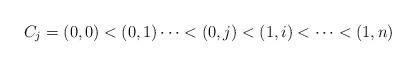
LaTeX: \begin{align*} C_j=(0,0)<(0,1)\cdots<(0,j)<(1,i)<\cdots< (1,n) \end{align*}